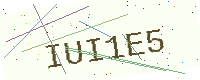
Text: IUI1E5